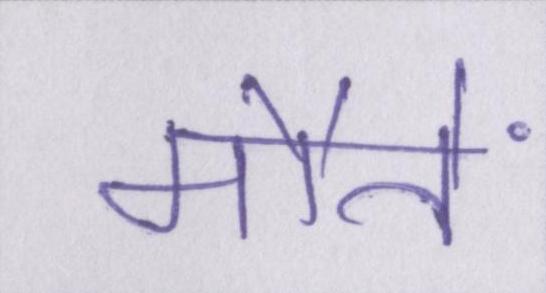
मौतें